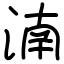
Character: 湳